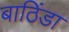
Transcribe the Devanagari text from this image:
बाठिंडा